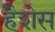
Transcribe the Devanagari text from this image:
हैशेस